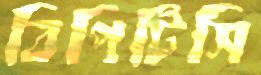
বিপিটিসি